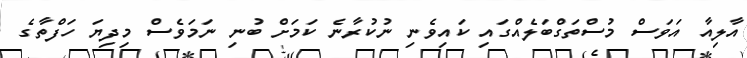
އާލިއާ އަވަސް މުސްތަގްބަލެއްގައި ކައިވެނި ނުކުރާނެ ކަމަށް ބުނި ނަމަވެސް މިދިޔަ ހަފްތާގެ